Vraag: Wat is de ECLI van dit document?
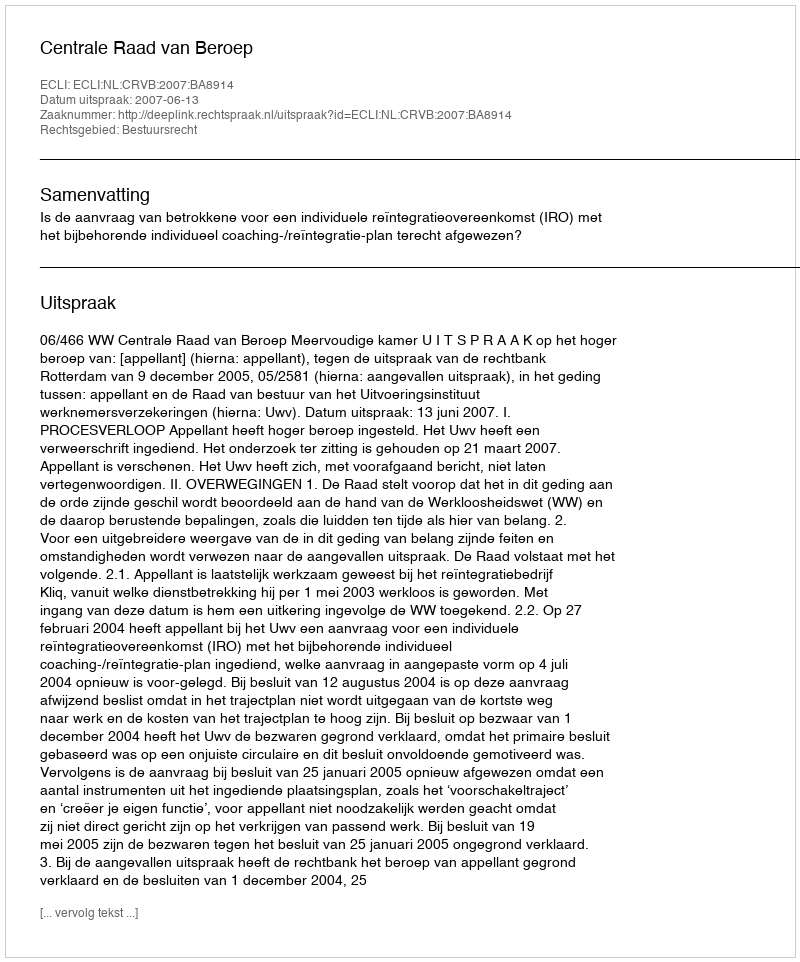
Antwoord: ECLI:NL:CRVB:2007:BA8914